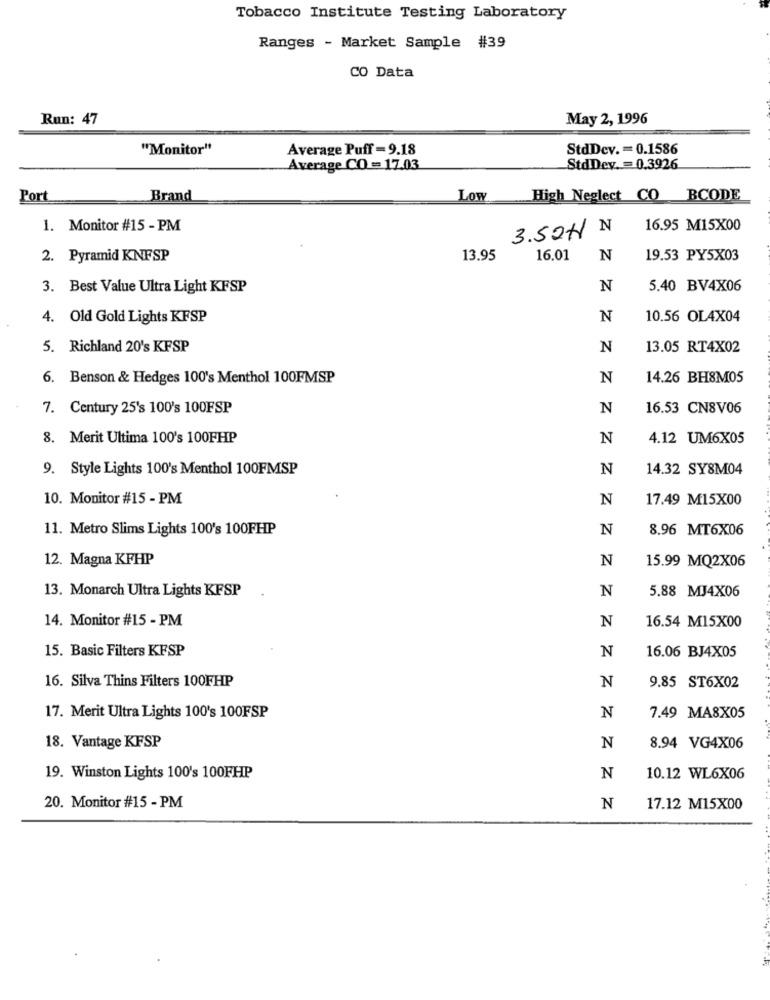
Tobacco Institute Testing Laboratory
Ranges - Market Sample #39
CO Data
Run: 47
May 2, 1996
"Monitor"
Average Puff = 9.18
StdDcv. = 0.1586
Average CO = 17.03
StdDev. = 0.3926
Port
Brand
Low
High Neglect CO BCODE
1. Monitor #15 - PM
3.52H N
16.95 M15X00
2. Pyramid KNFSP
13.95
16.01
N
19.53 PY5X03
3. Best Value Ultra Light KFSP
N
5.40 BV4X06
4. Old Gold Lights KFSP
N
10.56 OL4X04
5. Richland 20's KFSP
N
13.05 RT4X02
6. Benson & Hedges 100's Menthol 100FMSP
N
14.26 BH8M05
7. Century 25's 100's 100FSP
N
16.53 CNSV06
8. Merit Ultima 100's 100FHP
N
4.12 UM6X05
9. Style Lights 100's Menthol 100FMSP
N
14.32 SY8M04
10. Monitor #15 - PM
N
17.49 M15X00
11. Metro Slims Lights 100's 100FHP
N
8.96 MT6X06
12. Magna KFHP
N
15.99 MQ2X06
13. Monarch Ultra Lights KFSP
N
5.88 MJ4X06
14. Monitor #15 - PM
N
16.54 M15X00
15. Basic Filters KFSP
N
16.06 BJ4X05
16. Silva Thins Filters 100FHP
N
9.85 ST6X02
17. Merit Ultra Lights 100's 100FSP
N
7.49 MA8X05
18. Vantage KFSP
N
8.94 VG4X06
19. Winston Lights 100's 100FHP
N
10.12 WL6X06
20. Monitor #15 - PM
N
17.12 M15X00